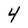
Character: 4